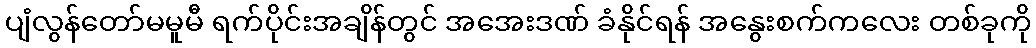
ပျံလွန်တော်မမူမီ ရက်ပိုင်းအချိန်တွင် အအေးဒဏ် ခံနိုင်ရန် အနွေးစက်ကလေး တစ်ခုကို